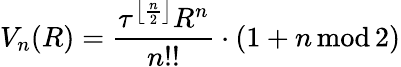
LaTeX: V_{n}(R)={\frac{\tau^{\left\lfloor{\frac{n}{2}}\right\rfloor}R^{n}}{n!!}}\cdot(1+n\operatorname{mod}2)